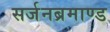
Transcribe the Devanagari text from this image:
सर्जनब्रमाण्ड